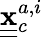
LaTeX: \underline{{\underline{{\mathbf x}}}}{}_{c}^{a,i}